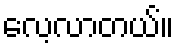
လေ့လာတယ်။